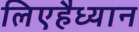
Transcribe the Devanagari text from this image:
लिएहैध्यान